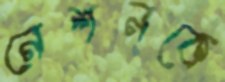
নেশনকে